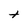
Character: t